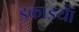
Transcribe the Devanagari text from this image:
इकाइयांँ